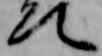
て